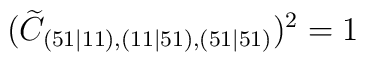
(\widetilde{C}_{(51\mid 11),(11\mid 51),(51\mid 51)})^{2}=1